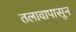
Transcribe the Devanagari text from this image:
तलावापासून